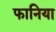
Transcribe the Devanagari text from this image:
फानिया